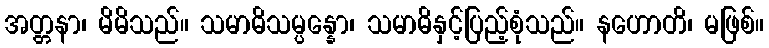
အတ္တနာ၊ မိမိသည်။ သမာဓိသမ္ပန္နော၊ သမာဓိနှင့်ပြည့်စုံသည်။ နဟောတိ၊ မဖြစ်။